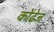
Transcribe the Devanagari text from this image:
कोंढेज